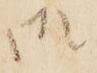
御